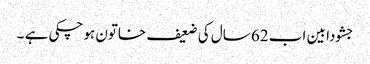
جشودا بین اب 62 سال کی ضعیف خاتون ہوچکی ہے ۔